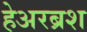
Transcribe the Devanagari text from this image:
हेअरब्रश